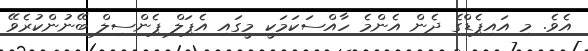
އެވެ. މި އައިޕެޑްގެ ދެން އެންމެ ހާއްސަކަމަކީ މީގައި އެޕަލް ޕެންސިލް ބޭނުންކުރެވޭ